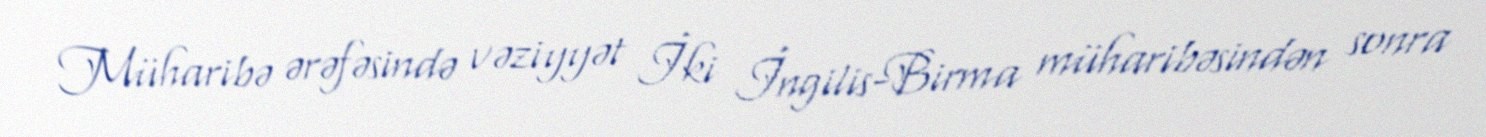
Müharibə ərəfəsində vəziyyət İki İngilis-Birma müharibəsindən sonra